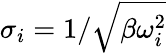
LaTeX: \sigma_{i}=1/\sqrt{\beta\omega_{i}^{2}}